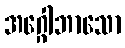
အဂ္ဂေါဘာသော